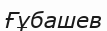
Ғұбашев